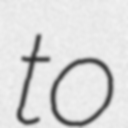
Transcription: to